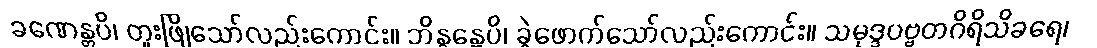
ခဏေန္တပိ၊ တူးဖြိုသော်လည်းကောင်း။ ဘိန္ဒန္တေပိ၊ ခွဲဖောက်သော်လည်းကောင်း။ သမုဒ္ဒပဗ္ဗတဂိရိသိခရေ၊